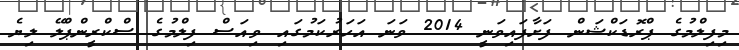
މިފިލްމުގެ ޕްރޮޑަކްޝަން ފަށާފައިވަނީ 2014 ވަނަ އަހަރުކަމުގައި ވިއަސް ފިލްމުގެ ސްކްރީންޕްލޭ ލިޔެ